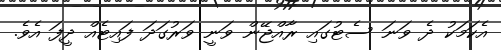
އެކަމަކު ދެ ވަނަ ސެޓުގައި ރާއްޖޭން ވަނީ ވަރުގަދަ ފައިޓެއް ދީފަ އެވެ.